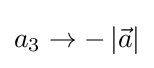
a_{3}\to -\left|{\vec {a}}\right|